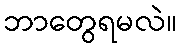
ဘာတွေရမလဲ။